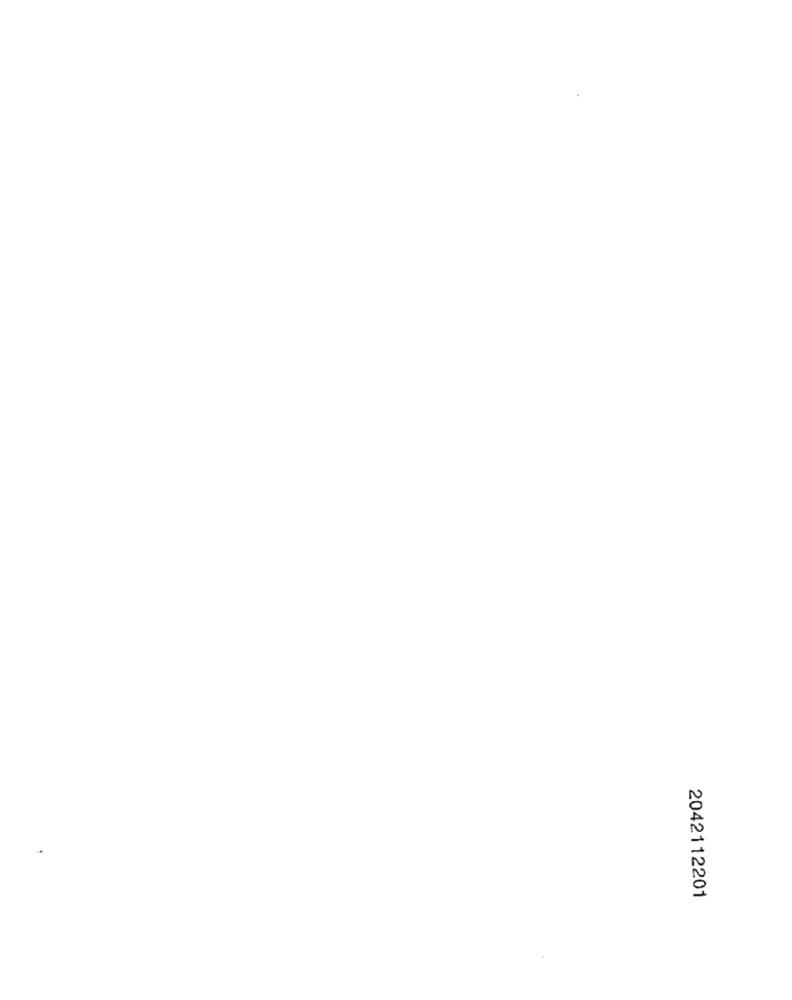
2042112201